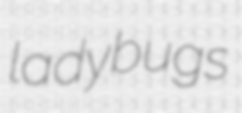
ladybugs